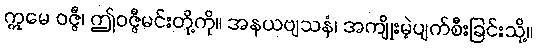
ဣမေ ဝဇ္ဇီ၊ ဤဝဇ္ဇီမင်းတို့ကို။ အနယဗျသနံ၊ အကျိုးမဲ့ပျက်စီးခြင်းသို့။